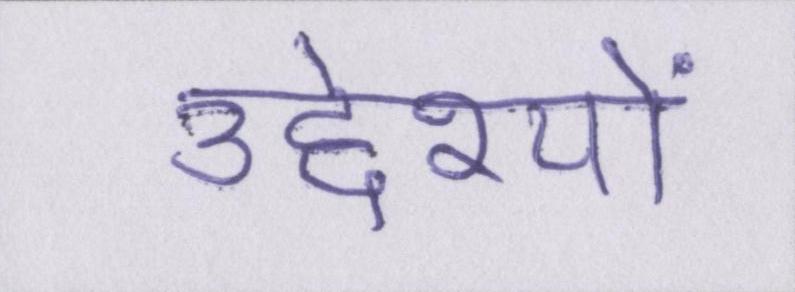
उद्देश्यों